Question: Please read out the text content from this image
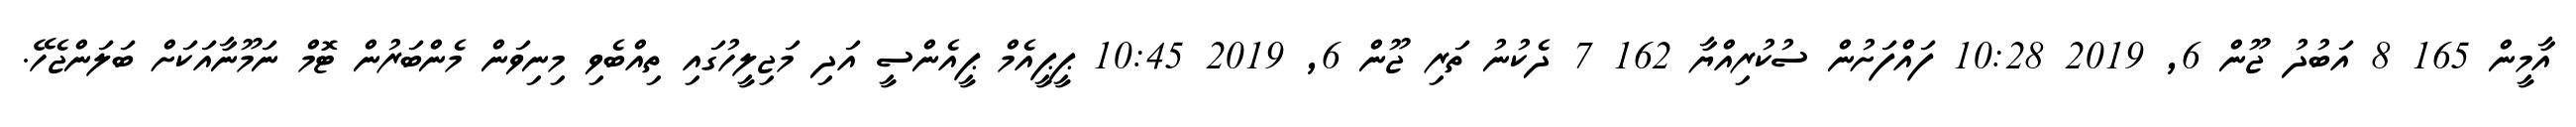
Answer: އާމީން 165 8 އަބުދު ޖޫން 6, 2019 10:28 ފައްފަށުން ސުކުރިއްޔާ 162 7 ދެކުނު ތަރި ޖޫން 6, 2019 10:45 ޕީޕީއެމް ޕީއެންސީ އަދި މަޖިލީހުގައި ތިއްބެވި މިނިވަން މެންބަރުން ޓޮމް ނަމޫނާއަކަށް ބަލަންޖެހޭ.